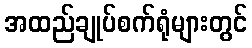
အထည်ချုပ်စက်ရုံများတွင်